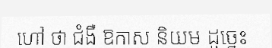
ហៅ ថា ជំងឺ ឱកាស និយម ដូច្នេះ